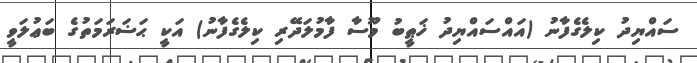
ސައްޔިދު ކިލެގެފާނު (އައްސައްޔިދު ޚަޠީބު މޫސާ ފާމުލަދޭރި ކިލެގެފާނު) އަކީ ޙަޟަރަމަތުގެ ބަޢުލަވީ